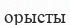
орысты